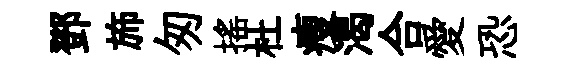
鄧斾匆揺杜瘦渴合愛恐